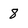
Character: 8